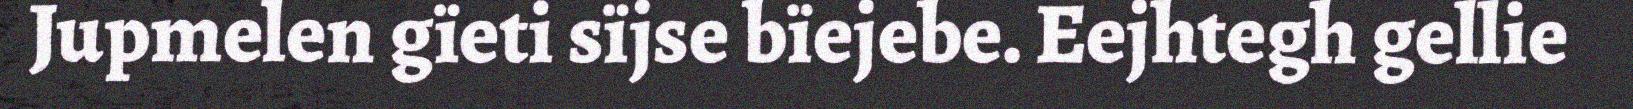
Jupmelen gïeti sïjse bïejebe. Eejhtegh gellie